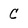
Character: C